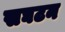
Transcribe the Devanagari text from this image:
सघटन